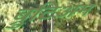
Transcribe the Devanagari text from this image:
ब्रुटिअम